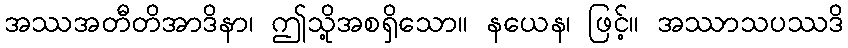
အဿအတီတိအာဒိနာ၊ ဤသို့အစရှိသော။ နယေန၊ ဖြင့်။ အဿာသပဿဒိ